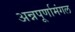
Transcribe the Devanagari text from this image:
अन्नपूर्णामंगल